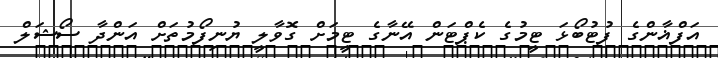
އަފްޣާންގެ ފުޓުބޯޅަ ޓީމުގެ ކެޕްޓަން އޭނާގެ ޓީމަށް ގޮވާލީ ޔުނިފޯމުތަށް އަންދާ ސޯޝަލް